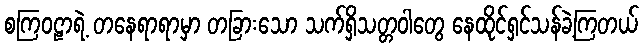
စကြဝဠာရဲ့ တနေရာရာမှာ တခြားသော သက်ရှိသတ္တဝါတွေ နေထိုင်ရှင်သန်ခဲ့ကြတယ်